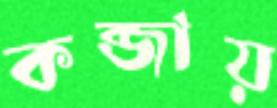
কব্জায়